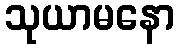
သုယာမနော